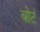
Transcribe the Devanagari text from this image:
बोर्ट